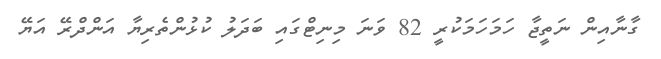
ގާނާއިން ނަތީޖާ ހަމަހަމަކުރީ 82 ވަނަ މިނިޓްގައި ބަދަލު ކުޅުންތެރިޔާ އަންދްރޭ އަޔޭ